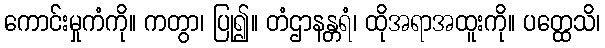
ကောင်းမှုကံကို။ ကတွာ၊ ပြု၍။ တံဌာနန္တရံ၊ ထိုအရာအထူးကို။ ပတ္ထေသိ၊